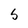
Character: S